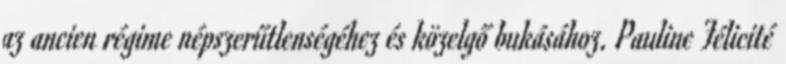
az ancien régime népszerűtlenségéhez és közelgő bukásához. Pauline Félicité